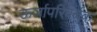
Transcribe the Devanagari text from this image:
ऊर्जापरिवर्तक